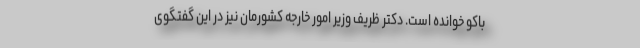
باکو خوانده است. دکتر ظریف وزیر امور خارجه کشورمان نیز در این گفتگوی